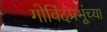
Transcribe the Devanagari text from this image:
गोविंदप्रभूंच्या